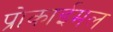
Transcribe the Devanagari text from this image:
प्रोकाईमल